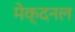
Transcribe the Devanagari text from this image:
मेक्दनल